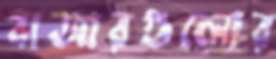
বাজারগুলোর